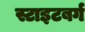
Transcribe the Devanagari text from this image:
स्टाइटबर्ग